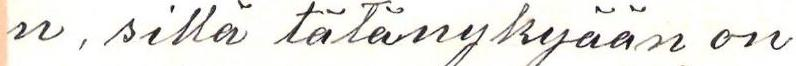
n, sillä tätänykyään on